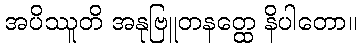
အပိဿူတိ အနုဗြူတနတ္ထေ နိပါတော။